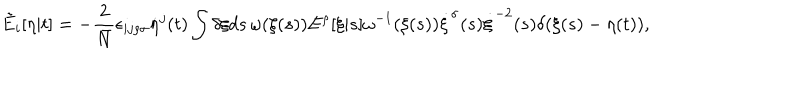
LaTeX: \tilde { E } _ { i } [ \eta | t ] = - \frac { 2 } { \bar { N } } \epsilon _ { i j \rho \sigma } \dot { \eta } ^ { j } ( t ) \int \delta \xi d s \, \omega ( \xi ( s ) ) E ^ { \rho } [ \xi | s ] \omega ^ { - 1 } ( \xi ( s ) ) \dot { \xi } ^ { \sigma } ( s ) \dot { \xi } ^ { - 2 } ( s ) \delta ( \xi ( s ) - \eta ( t ) ) ,